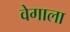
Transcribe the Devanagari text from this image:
वेगाला